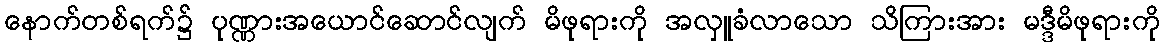
နောက်တစ်ရက်၌ ပုဏ္ဏားအယောင်ဆောင်လျက် မိဖုရားကို အလှူခံလာသော သိကြားအား မဒ္ဒီမိဖုရားကို